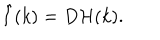
LaTeX: \hat { I } ( k ) = D { \cal H } ( k ) .